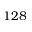
1 2 8